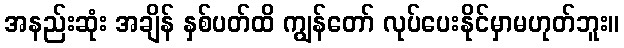
အနည်းဆုံး အချိန် နှစ်ပတ်ထိ ကျွန်တော် လုပ်ပေးနိုင်မှာမဟုတ်ဘူး။